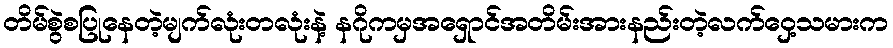
တိမ်စွဲစပြုနေတဲ့မျက်လုံးတလုံးနဲ့ နဂိုကမှအရှောင်အတိမ်းအားနည်းတဲ့လက်ဝှေ့သမားက